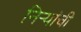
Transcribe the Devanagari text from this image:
निर्‍यांची